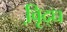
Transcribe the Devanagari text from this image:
वृि़द्ध